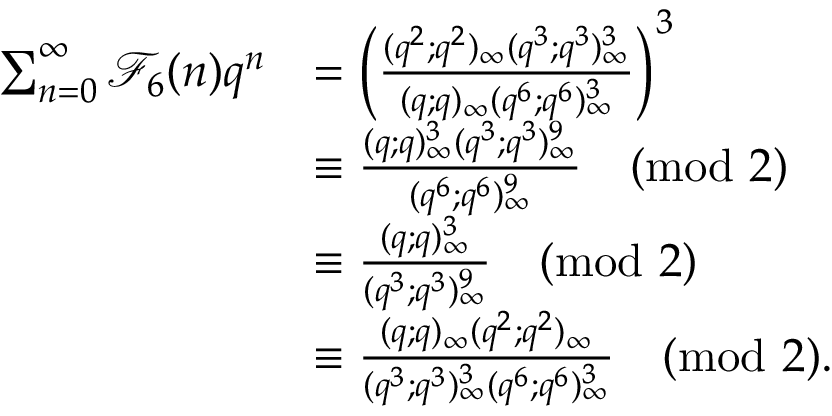
\begin{array} { r l } { \sum _ { n = 0 } ^ { \infty } \mathcal { F } _ { 6 } ( n ) q ^ { n } } & { = \left( \frac { ( q ^ { 2 } ; q ^ { 2 } ) _ { \infty } ( q ^ { 3 } ; q ^ { 3 } ) _ { \infty } ^ { 3 } } { ( q ; q ) _ { \infty } ( q ^ { 6 } ; q ^ { 6 } ) _ { \infty } ^ { 3 } } \right) ^ { 3 } } \\ & { \equiv \frac { ( q ; q ) _ { \infty } ^ { 3 } ( q ^ { 3 } ; q ^ { 3 } ) _ { \infty } ^ { 9 } } { ( q ^ { 6 } ; q ^ { 6 } ) _ { \infty } ^ { 9 } } \pmod 2 } \\ & { \equiv \frac { ( q ; q ) _ { \infty } ^ { 3 } } { ( q ^ { 3 } ; q ^ { 3 } ) _ { \infty } ^ { 9 } } \pmod 2 } \\ & { \equiv \frac { ( q ; q ) _ { \infty } ( q ^ { 2 } ; q ^ { 2 } ) _ { \infty } } { ( q ^ { 3 } ; q ^ { 3 } ) _ { \infty } ^ { 3 } ( q ^ { 6 } ; q ^ { 6 } ) _ { \infty } ^ { 3 } } \pmod 2 . } \end{array}